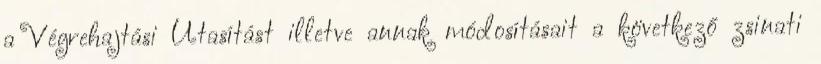
a Végrehajtási Utasítást illetve annak módosításait a következő zsinati